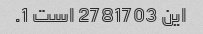
این 2781703 است 1.